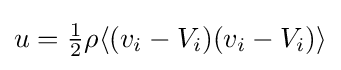
{\textstyle u={\tfrac {1}{2}}\rho \langle (v_{i}-V_{i})(v_{i}-V_{i})\rangle }